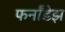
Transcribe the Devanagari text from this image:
फर्नांडेझ